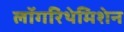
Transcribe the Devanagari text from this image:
लॉगरिथेमिशेन